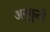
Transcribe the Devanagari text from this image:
अनुकुली